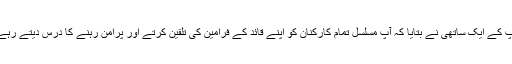
آپ کے ایک ساتھی نے بتایا کہ آپ مسلسل تمام کارکنان کو اپنے قائد کے فرامین کی تلقین کرتے اور پرامن رہنے کا درس دیتے رہے۔